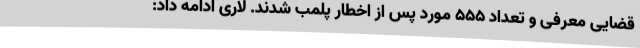
قضایی معرفی و تعداد 555 مورد پس از اخطار پلمب شدند. لاری ادامه داد: